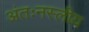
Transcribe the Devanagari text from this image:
अंतःनस्लीय